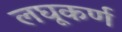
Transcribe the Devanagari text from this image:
लघूकर्ण